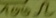
Text: 100Ω